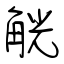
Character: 觥